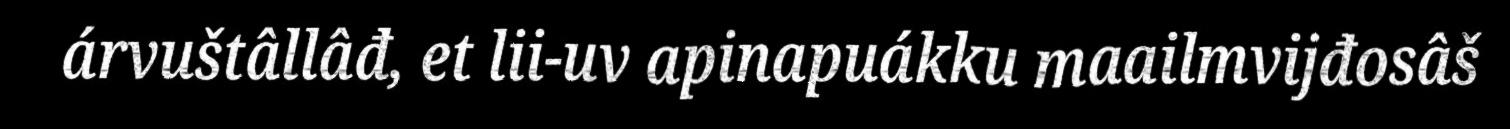
árvuštâllâđ, et lii-uv apinapuákku maailmvijđosâš